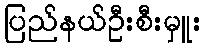
ပြည်နယ်ဦးစီးမှူး